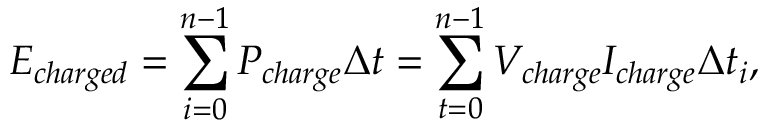
E _ { c h a r g e d } = \sum _ { i = 0 } ^ { n - 1 } { P _ { c h a r g e } \Delta t } = \sum _ { t = 0 } ^ { n - 1 } { V _ { c h a r g e } I _ { c h a r g e } \Delta t _ { i } } ,